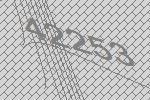
42253